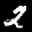
Label: 2